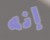
إنه